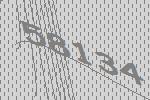
58134